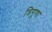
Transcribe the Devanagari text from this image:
त्रिगुणा